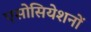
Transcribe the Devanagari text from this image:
एसोसियेशनों